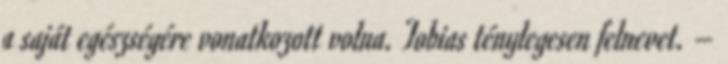
a saját egészségére vonatkozott volna. Tobias ténylegesen felnevet. –